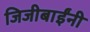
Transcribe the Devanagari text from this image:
जिजीबाईंनी